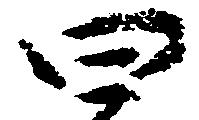
四